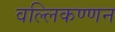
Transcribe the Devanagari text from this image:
वल्लिकण्णन